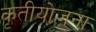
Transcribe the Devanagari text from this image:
कृतीयोजना